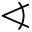
\sphericalangle